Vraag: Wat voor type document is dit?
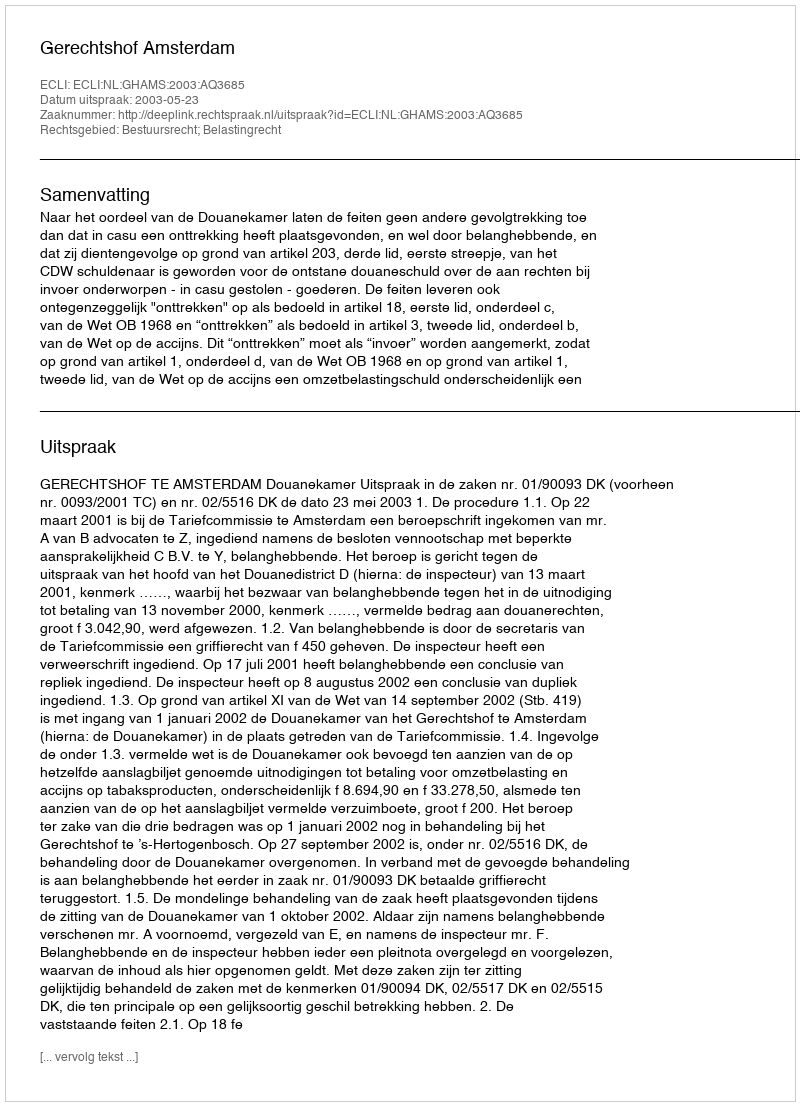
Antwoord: Uitspraak